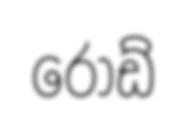
රෝඩ්